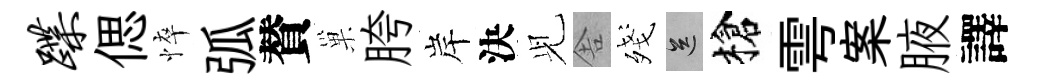
蹀偲悴弧賛巢胯岸決𫤗舎殘送槍雩案腋譯